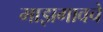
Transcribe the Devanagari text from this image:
माझगावचे